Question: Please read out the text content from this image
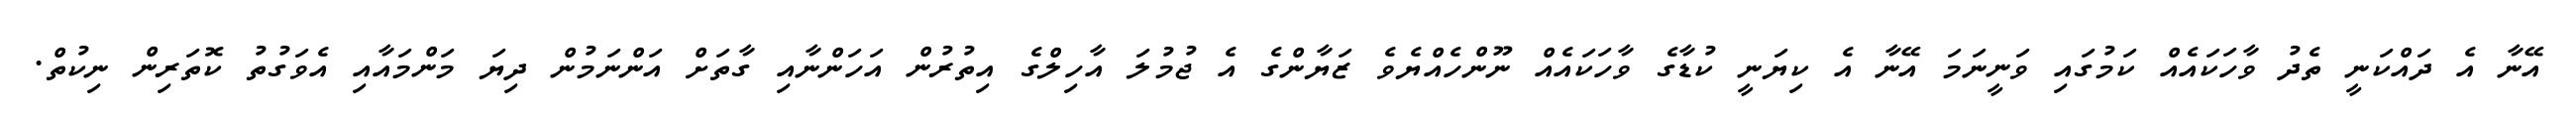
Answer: އޭނާ އެ ދައްކަނީ ތެދު ވާހަކައެއް ކަމުގައި ވަނީނަމަ އޭނާ އެ ކިޔަނީ ކުޑާގެ ވާހަކައެއް ނޫންހެއްޔެވެ ޒަޔާންގެ އެ ޖުމުލަ އާހިލްގެ އިތުރުން އަހަންނާއި ގާތަށް އަންނަމުން ދިޔަ މަންމައާއި އެވަގުތު ކޮތަރިން ނިކުތް.